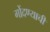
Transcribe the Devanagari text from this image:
गोंदण्याची